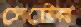
সেটের